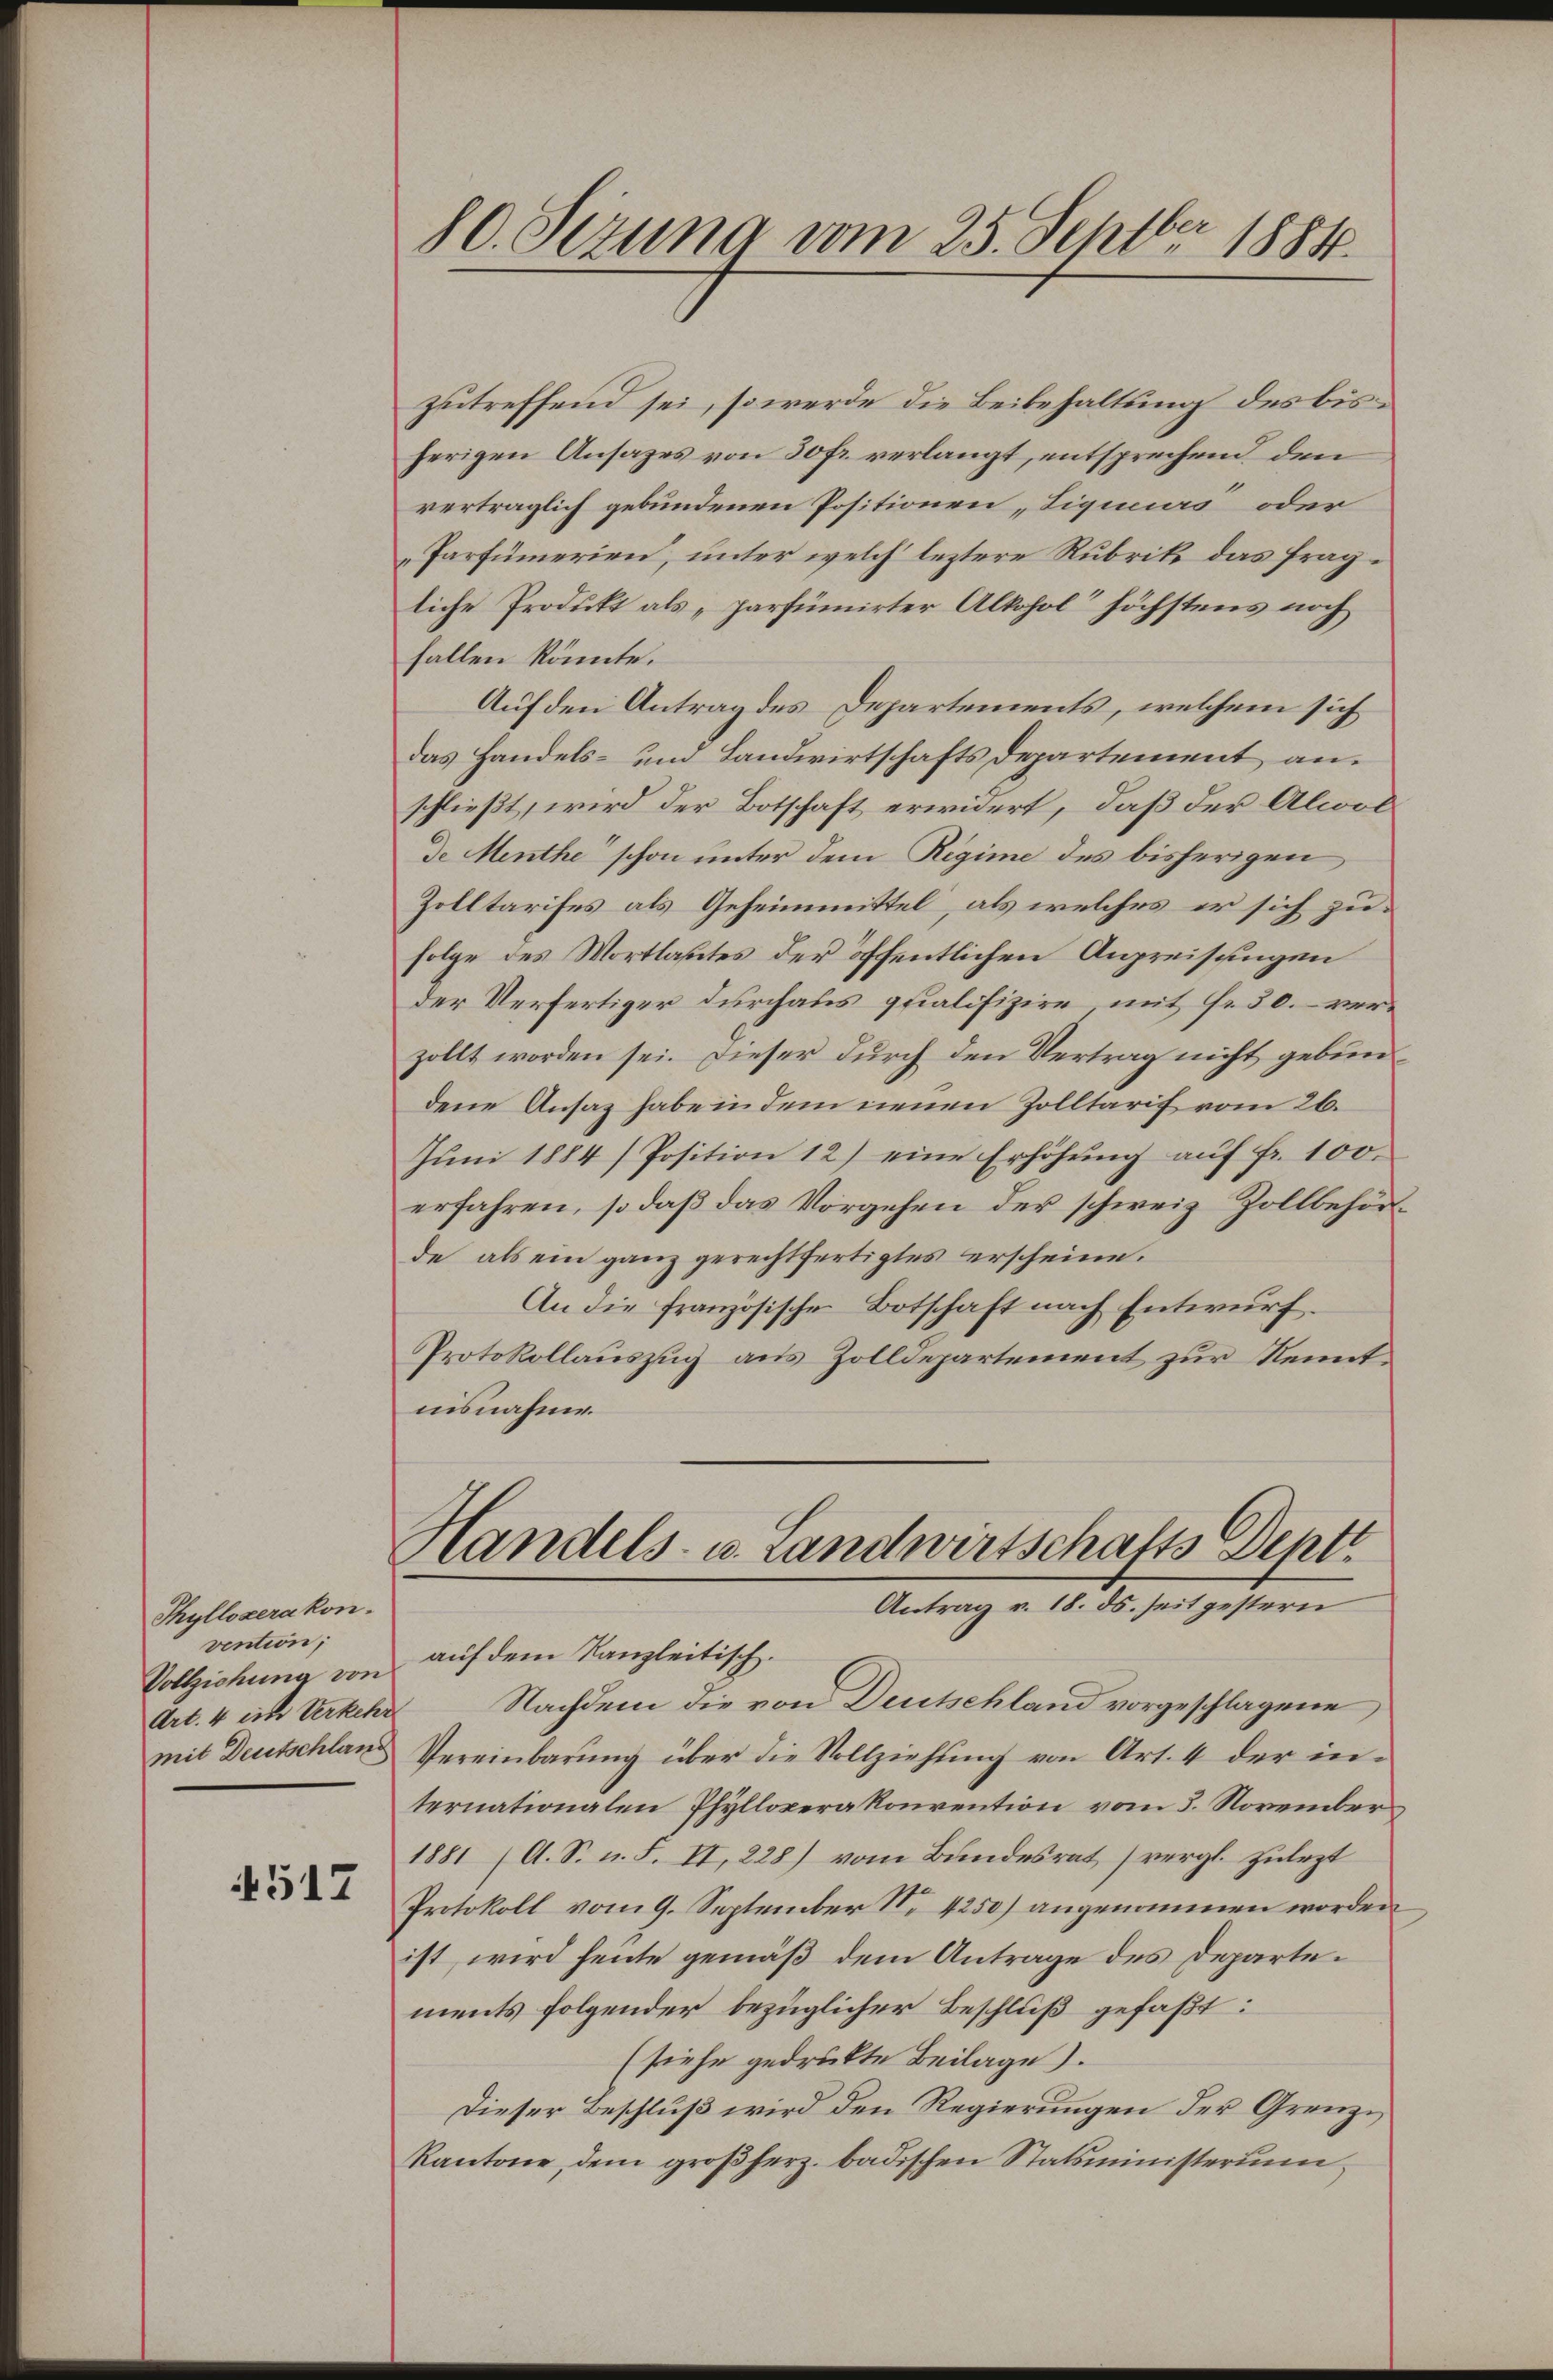
Thyllozerakon.
vention;
Vollziehung von
Art. 4 ein Verkehr
mit Deutschland

4517

zutreffend sei, so werde die Beibehaltung des bisherigen Ansages von 30 fr. verlangt, entsprechend den
vertraglich gebundenen Positionen „Liqicurs oder
Parfümerien, unter welch leztere Rubrik das fragliche Produkt als „parfümirter Alkohol“ höchstens noch
fallen könnte.
Auf den Antrag des Departements, welchem sich
das Handels- und Landwirtschafts Departement an.
schließt, wird der Botschaft erwidert, daß der Alwol
de Menthe“ schon unter dem Regime des bisherigen
Zolltarifes als Geheimmittel, als welches er sich zufolge des Wortlastes der öffentlichen Anpreisungen
der Verfertiger durchaus qualifizire mit fr. 30. verzollt worden sei. Dieser durch den Vertrag nicht gebundene Ansatz habe in dem neuen Zolltarif vom 26.
Jŭni 1884 / Position 12) eine Erhöhŭng aŭf fr. 100.
erfahren, so daß das Vorgehen der schweiz Zollbehörde, als ein ganz gerechtfertigtes erscheine.
An die französische Botschaft nach Entwurf.
Protokollauszug aus Zolldepartement zur Kenntnisnahme.

80. Sezuna vom 25. Septbr 1884.

Handels- u. Landwirtschafts Deptt.
Antrag v. 18. ds. seit gestern
auf dem Kanzleitisch.

Nachdem die von Deutschland vorgeschlagene
Vereinbarŭng über die Vollziehŭng von Art. 4 der internationalen Phylloverakonvention vom 3. November
1881 (A. S. n. F. II, 228) vom Bundesrat (vergl. zulezt
Protokoll vom 9. September N. 4250) angenommen worden
ist, wird heute gemäß dem Antrage des Departements folgender bezüglicher Beschluß gefaßt:
(siehe gedruckte Beilage).
Dieser Beschluß wird den Regierungen der Grenz¬
Kantone, dem großherz. badischen Statsministerium